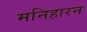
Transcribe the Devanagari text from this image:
मनिहारन